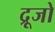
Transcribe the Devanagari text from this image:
द्रूजो